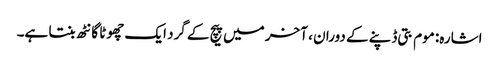
اشارہ: موم بتی ڈپنے کے دوران ، آخر میں پیچ کے گرد ایک چھوٹا گانٹھ بنتا ہے۔